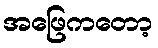
အဖြေကတော့